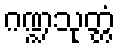
ဂဏ္ဍသုတ္တံ